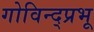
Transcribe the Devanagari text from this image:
गोविन्द्प्रभू